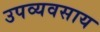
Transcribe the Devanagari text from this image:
उपव्यवसाय